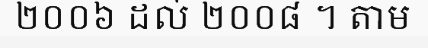
២០០៦ ដល់ ២០០៨ ។ តាម